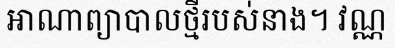
អាណាព្យាបាលថ្មីរបស់នាង។ វណ្ណ